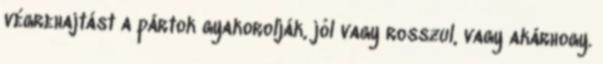
végrehajtást a pártok gyakorolják, jól vagy rosszul, vagy akárhogy.